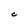
Character: C